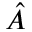
\hat { A }